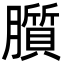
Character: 䑇